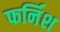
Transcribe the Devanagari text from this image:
फर्निश